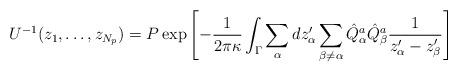
LaTeX: \begin{align*}U^{-1}(z_1,\dots,z_{N_p}) = P \exp\left[-{1\over 2\pi\kappa} \int_\Gamma\sum_\alpha dz^\prime_\alpha\sum_{\beta\not=\alpha} \hat Q^a_\alpha \hat Q^a_\beta\frac{1}{ z^\prime_\alpha -z^\prime_\beta}\right]\end{align*}